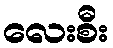
လေးစီး